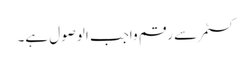
کسٹمر سے رقم واجب الوصول ہے۔